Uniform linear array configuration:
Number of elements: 12
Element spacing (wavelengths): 0.75
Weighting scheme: cosine
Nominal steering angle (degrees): -15
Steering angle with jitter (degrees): -16.678
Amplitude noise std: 0.05
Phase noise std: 0.05

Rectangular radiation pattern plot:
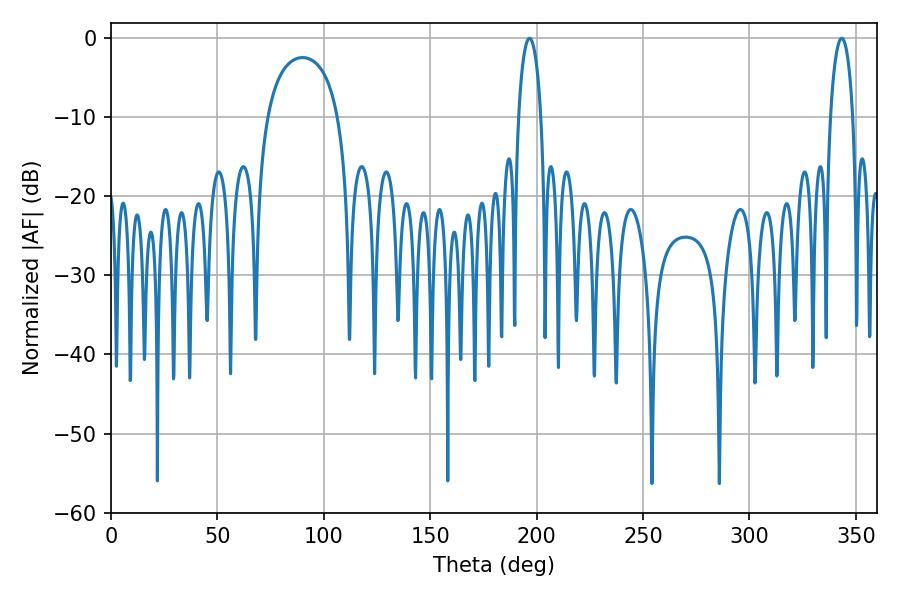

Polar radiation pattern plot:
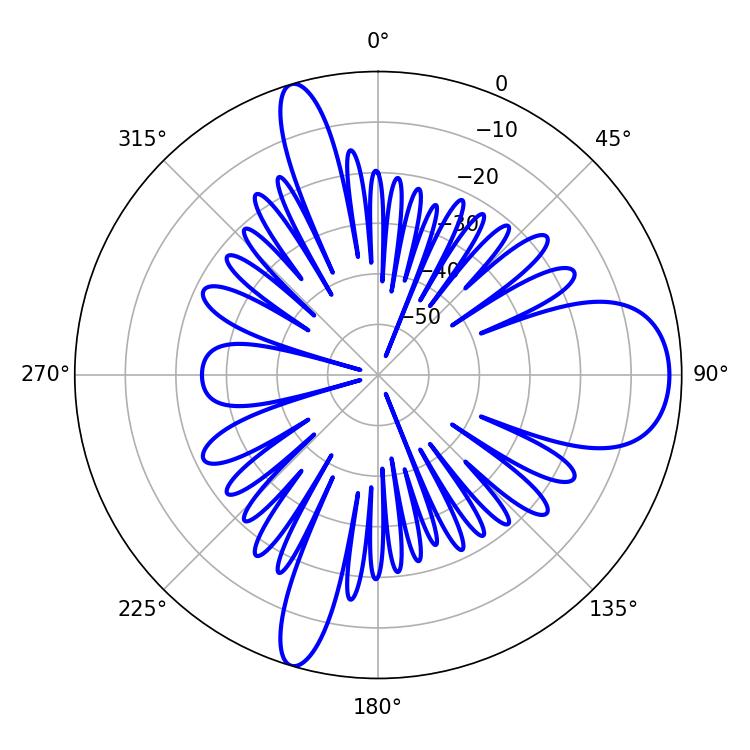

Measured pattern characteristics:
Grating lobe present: TRUE
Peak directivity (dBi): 10.816
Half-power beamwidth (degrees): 5.94
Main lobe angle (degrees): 196.56